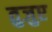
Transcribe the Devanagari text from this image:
तुजुए